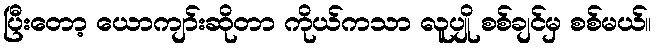
ပြီးတော့ ယောကျာ်းဆိုတာ ကိုယ်ကသာ လူပျို စစ်ချင်မှ စစ်မယ်။